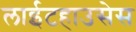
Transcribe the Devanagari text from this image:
लाईटहाउसेस